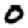
Digit: 0